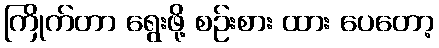
ကြိုက်တာ ရွေးဖို့ စဉ်းစား ထား ပေတော့